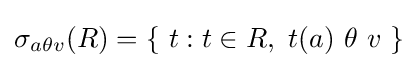
\sigma _{a\theta v}(R)=\{\ t:t\in R,\ t(a)\ \theta \ v\ \}